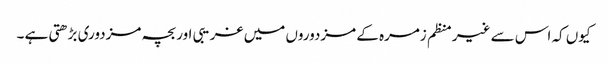
کیوں کہ اس سے غیر منظم زمرہ کے مزدوروں میں غریبی اور بچہ مزدوری بڑھتی ہے ۔